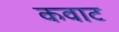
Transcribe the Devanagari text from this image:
कवाट